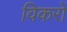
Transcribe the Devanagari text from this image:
विकरों